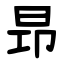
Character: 昻